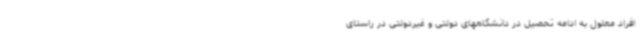
افراد معلول به ادامه تحصیل در دانشگاههای دولتی و غیردولتی در راستای